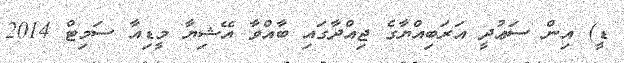
ޑީ) އިން ސަޢުދީ އަރަބިއްޔާގެ ޖިއްދާގައި ބާއްވާ އޭޝިޔާ މީޑިއާ ސަމިޓް 2014